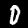
Label: 0